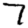
Digit: 7